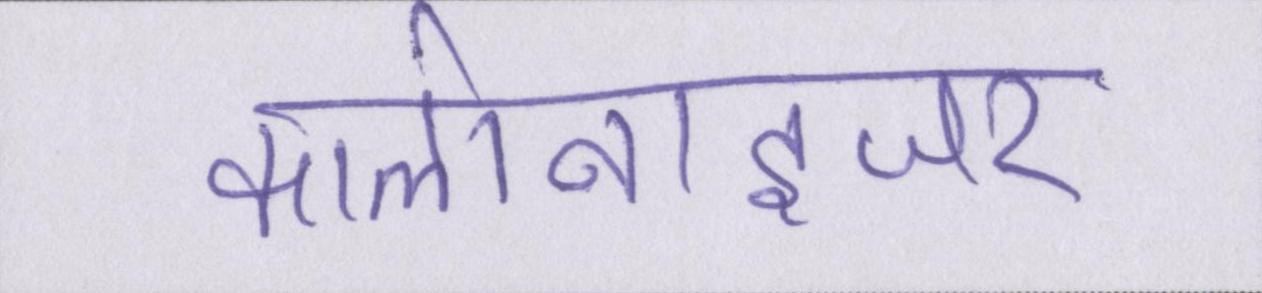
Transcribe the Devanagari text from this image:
कालोनाइजर